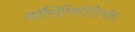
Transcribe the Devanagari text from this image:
ऑलिंपिस्टेडियॉन